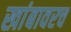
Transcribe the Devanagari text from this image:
खांबावरच